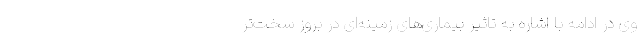
وی در ادامه با اشاره به تاثیر بیماری‌های زمینه‌ای در بروز سخت‌تر